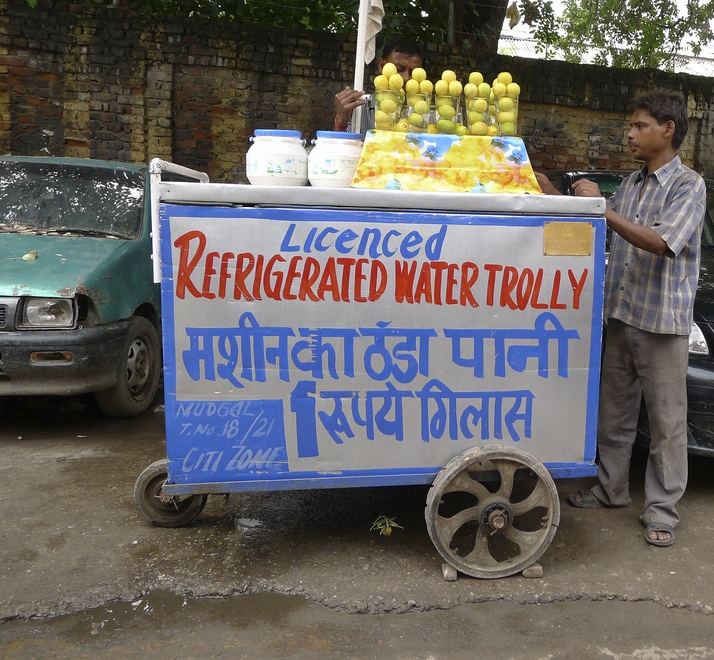
Language: hindi
Transcription: गिलास रुपये पानी का मशीन ठंडा